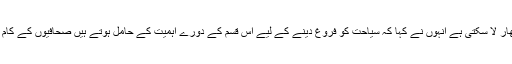
تہذیب تمدن اور رسم و رواج سے واقفیت ہوتی ہے جو صحافیوں کے کام میں مزید نکھار لا سکتی ہے انہوں نے کہا کہ سیاحت کو فروغ دینے کے لیے اس قسم کے دورے اہمیت کے حامل ہوتے ہیں صحافیوں کے کام میں آسانی پیدا کرنے اور نکھار لانے کے لئے ہر ممکن سہولیات فراہم کی جائے گی۔